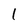
Character: 1